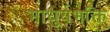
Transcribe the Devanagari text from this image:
माधुर्यभक्ति